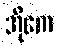
အိုကေ